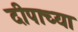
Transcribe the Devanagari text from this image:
दीपाच्या